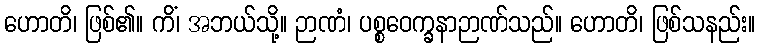
ဟောတိ၊ ဖြစ်၏။ ကိံ၊ အဘယ်သို့။ ဉာဏံ၊ ပစ္စဝေက္ခနာဉာဏ်သည်။ ဟောတိ၊ ဖြစ်သနည်း။